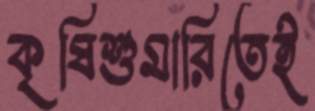
কৃষিশুমারিতেই